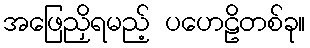
အဖြေညှိရမည့် ပဟေဠိတစ်ခု။